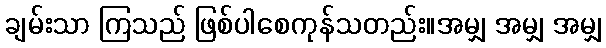
ချမ်းသာ ကြသည် ဖြစ်ပါစေကုန်သတည်း။အမျှ အမျှ အမျှ